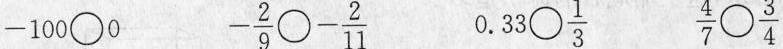
100○0 - \frac{2}{0} ○ \frac{2}{11}0.33 ○\frac{1}{3} \frac{4}{7}○\frac{3}{4}